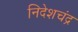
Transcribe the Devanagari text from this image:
निदेशचंद्र